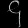
Digit: ၄